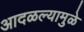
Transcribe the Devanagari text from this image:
आदळल्यामुळे